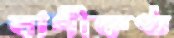
বাণীকণ্ঠ